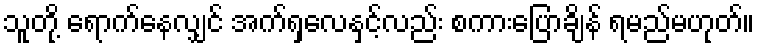
သူတို့ ရောက်နေလျှင် အက်ရှလေနှင့်လည်း စကားပြောချိန် ရမည်မဟုတ်။